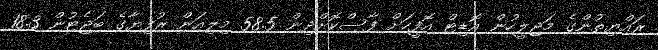
ރައްޔިތުންގެ މަޖިލީހުން އޮޑިޓް އޮފީހަށް ފާސްކޮށްދިން 58.5 މިލިއަން ރުފިޔާގެ ބަޖެޓުން 18.3